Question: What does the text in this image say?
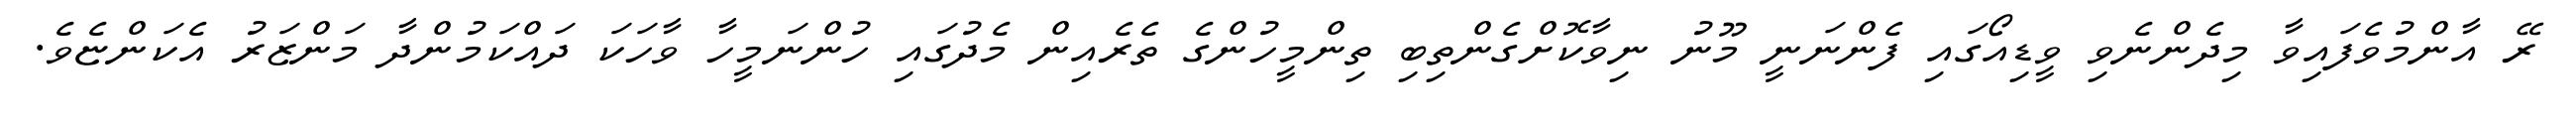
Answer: ރޭ އާންމުވެފައިވާ މިދެންނެވި ވީޑިއޯގައި ފެންނަނީ މޫނު ނިވާކޮށްގެންތިބި ތިންމީހުންގެ ތެރެއިން މެދުގައި ހުންނަމީހާ ވާހަކަ ދައްކަމުންދާ މަންޒަރު އެކަންޏެވެ.